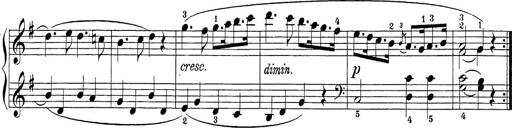
Title: Sonatina Album
Composer: Louis KÃ¶hler